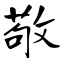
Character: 敬